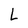
Character: L